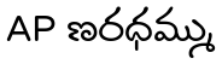
AP ణరధమ్ము